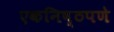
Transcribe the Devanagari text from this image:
एकनिष्ठपणे